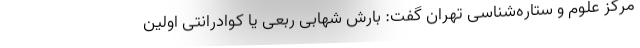
مرکز علوم و ستاره‌شناسی تهران گفت: بارش شهابی ربعی یا کوادرانتی اولین